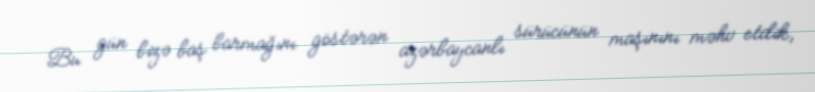
Bu gün bizə baş barmağını göstərən azərbaycanlı sürücünün maşınını məhv etdik,